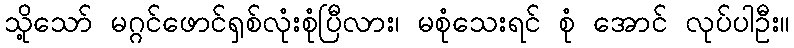
သို့သော် မဂ္ဂင်ဖောင်ရှစ်လုံးစုံပြီလား၊ မစုံသေးရင် စုံ အောင် လုပ်ပါဦး။